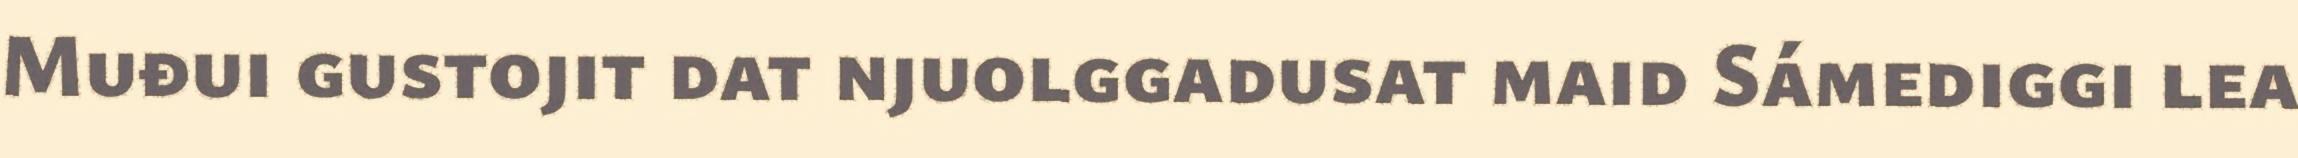
Muđui gustojit dat njuolggadusat maid Sámediggi lea